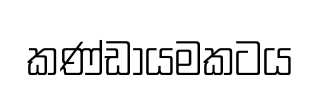
කණ්ඩායමකටය